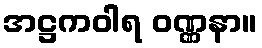
အဋ္ဌကဝါရ ဝဏ္ဏနာ။